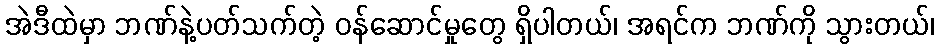
အဲဒီထဲမှာ ဘဏ်နဲ့ပတ်သက်တဲ့ ဝန်ဆောင်မှုတွေ ရှိပါတယ်၊ အရင်က ဘဏ်ကို သွားတယ်၊